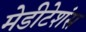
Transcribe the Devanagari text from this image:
मेडीटेशंस